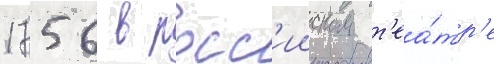
1756 в росс'ииском т'еа́тр'е